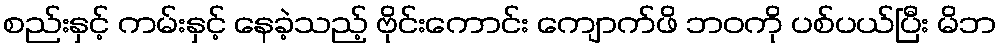
စည်းနှင့် ကမ်းနှင့် နေခဲ့သည့် ဗိုင်းကောင်း ကျောက်ဖိ ဘဝကို ပစ်ပယ်ပြီး မိဘ